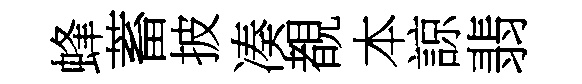
蜂蓄披凑覩本諒翡